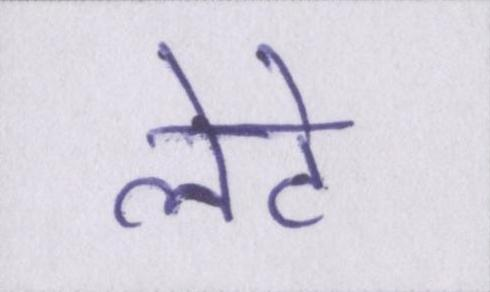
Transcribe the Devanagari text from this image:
लेटे